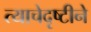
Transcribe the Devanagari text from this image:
त्याचेदृष्टीने